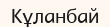
Кұланбай